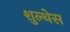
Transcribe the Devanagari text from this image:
शुल्थेस